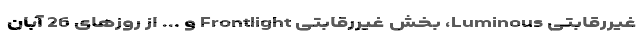
غیررقابتی Luminous، بخش غیررقابتی Frontlight و ... از روزهای 26 آبان